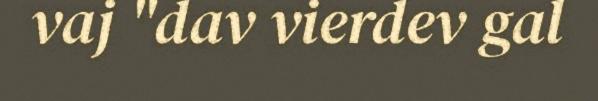
vaj "dav vierdev gal